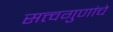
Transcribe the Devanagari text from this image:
सत्त्वगुणांचे